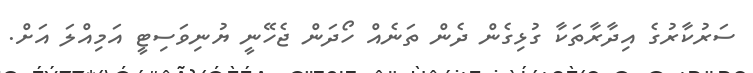
ސަރުކާރުގެ އިދާރާތަކާ ގުޅިގެން ދެން ތަނެއް ހޯދަން ޖެހޭނީ ޔުނިވަސިޓީ އަމިއްލަ އަށް.